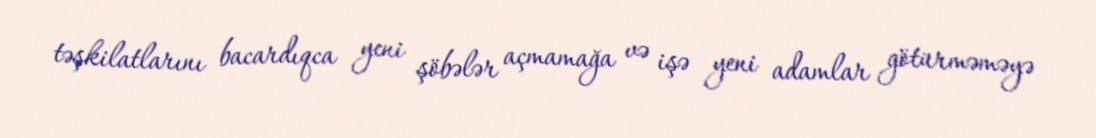
təşkilatlarını bacardıqca yeni şöbələr açmamağa və işə yeni adamlar götürməməyə